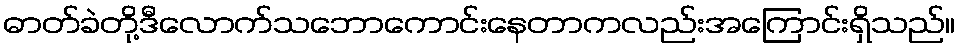
ဓာတ်ခဲတို့ဒီလောက်သဘောကောင်းနေတာကလည်းအကြောင်းရှိသည်။